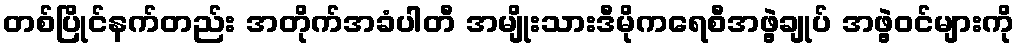
တစ်ပြိုင်နက်တည်း အတိုက်အခံပါတီ အမျိုးသားဒီမိုကရေစီအဖွဲ့ချုပ် အဖွဲ့ဝင်များကို